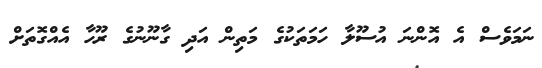
ނަމަވެސް އެ އޮންނަ އުސޫލާ ހަމަތަކުގެ މަތިން އަދި ގާނޫނުގެ ރޫހާ އެއްގޮތަށް